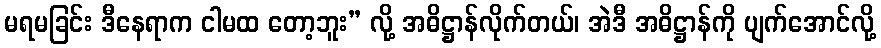
မရမခြင်း ဒီနေရာက ငါမထ တော့ဘူး” လို့ အဓိဋ္ဌာန်လိုက်တယ်၊ အဲဒီ အဓိဋ္ဌာန်ကို ပျက်အောင်လို့